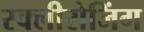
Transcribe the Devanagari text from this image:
स्क्लीरोजिंग